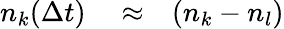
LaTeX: \begin{array}{rlr}{n_{k}(\Delta t)}&{{}\approx}&{\left(n_{k}-n_{l}\right)}\end{array}